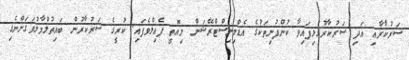
ސަރުކާރާއި އަދި ސަރުކާރުގުޅިފައިވާ ކުންފުނިތަކުގެ އެޑްމިނިސްޓްރޭޝަން މިއޮތީ ފެއިލްވެފައި. ކުރީގެ ސަރުކާރުން ބައިތުލްމާލުވަގަށްނެގި